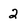
Character: 2